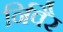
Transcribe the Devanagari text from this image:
र्निवैर